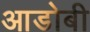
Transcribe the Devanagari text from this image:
आडोबी